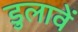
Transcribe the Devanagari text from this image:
डुलावें